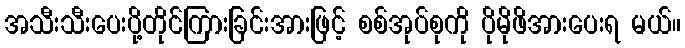
အသီးသီးပေးပို့တိုင်ကြားခြင်းအားဖြင့် စစ်အုပ်စုကို ပိုမိုဖိအားပေးရ မယ်။